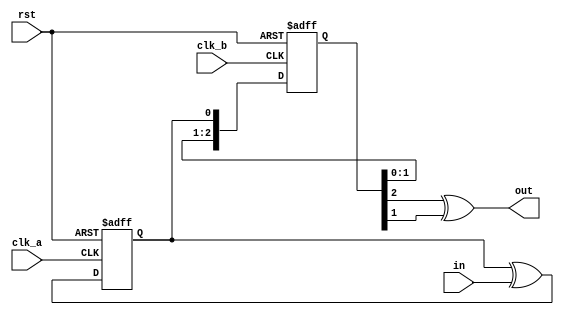
module monostable_domain_cross(
    input rst,
    input clk_a,
    input in, 
    input clk_b,
    output out
);
reg toggle_clk_a;
always @(posedge clk_a or posedge rst)
begin
    if (rst)
        toggle_clk_a <= 0;
    else
        toggle_clk_a <= toggle_clk_a ^ in;
end
reg [2:0] sync_clk_b;
always @(posedge clk_b or posedge rst)
begin
    if (rst)
        sync_clk_b <= 0;
    else
        sync_clk_b <= {sync_clk_b[1:0], toggle_clk_a};
end
assign out = (sync_clk_b[2] ^ sync_clk_b[1]);
endmodule